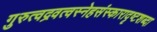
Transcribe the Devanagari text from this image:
गुरुत्वद्रवत्वस्नेहसंस्कारादृष्टशब्दा